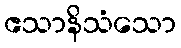
ဧသာနိသံသော